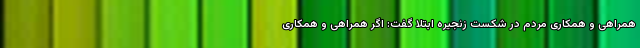
همراهی و همکاری مردم در شکست زنجیره ابتلا گفت: اگر همراهی و همکاری